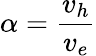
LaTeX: \alpha=\frac{v_{h}}{v_{e}}